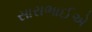
સારાભાઈએ